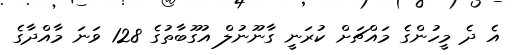
އެ ދެ މީހުންގެ މައްޗަށް ކުރަނީ ގާނޫނުލް އުގޫބާތުގެ 128 ވަނަ މާއްދާގެ